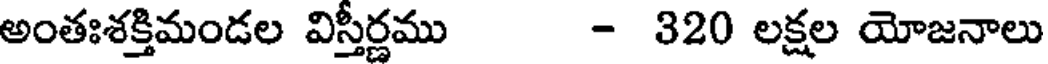
అంతఃశక్తిమండల విస్తీర్ణము - 320 లక్షల యోజనాలు